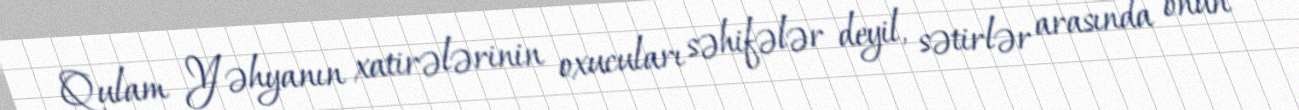
Qulam Yəhyanın xatirələrinin oxucuları səhifələr deyil, sətirlər arasında onun